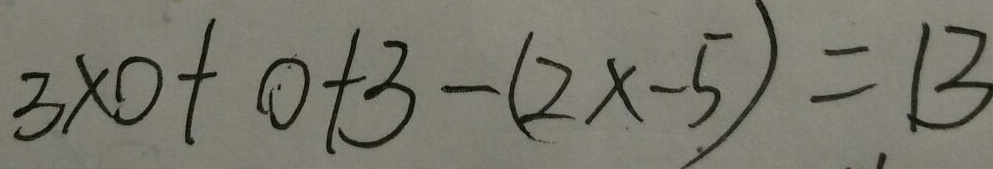
3 \times 0 + 0 + 3 - ( 2 x - 5 ) = 1 3